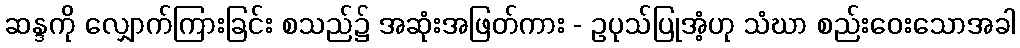
ဆန္ဒကို လျှောက်ကြားခြင်း စသည်၌ အဆုံးအဖြတ်ကား - ဥပုသ်ပြုအံ့ဟု သံဃာ စည်းဝေးသောအခါ